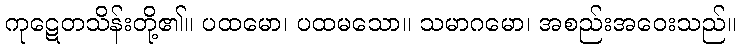
ကုဋေတသိန်းတို့၏။ ပထမော၊ ပထမသော။ သမာဂမော၊ အစည်းအဝေးသည်။